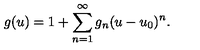
g ( u ) = 1 + \sum _ { n = 1 } ^ { \infty } g _ { n } ( u - u _ { 0 } ) ^ { n } .